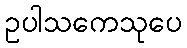
ဥပါသကေသုပေ